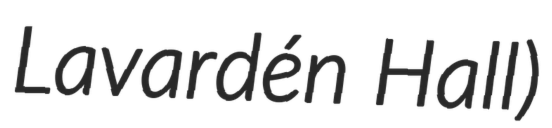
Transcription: Lavardén Hall)